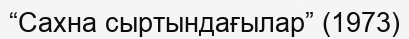
“Сахна сыртындағылар” (1973)